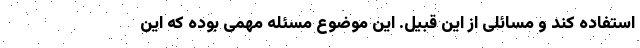
استفاده کند و مسائلی از این قبیل. این موضوع مسئله مهمی بوده که این